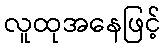
လူထုအနေဖြင့်